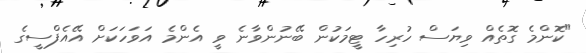
"ކޮންމެ ގޮތެއް ވިޔަސް ހުރިހާ ޓީމަކުން ބޭނުންވާނެ ވީ އެންމެ އަވަހަކަށް އޭއެފްސީގެ